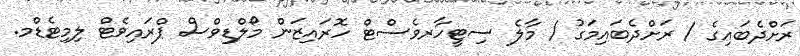
ރަށްދެބައިގެ / ރަށްދެބައިމަގު / މާލެ ސިޓީހާރވެސްޓް ހޮރައިޒަން މޯލްޑިވްސް ޕްރައިވެޓް ލިމިޓެޑްމ.